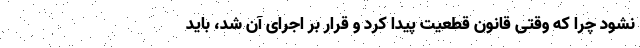
نشود چرا که وقتی قانون قطعیت پیدا کرد و قرار بر اجرای آن شد، باید